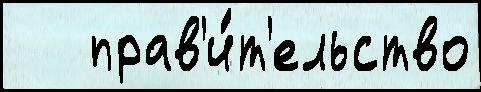
   прав'и́т'ельство